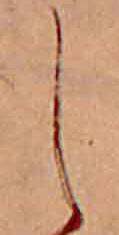
し